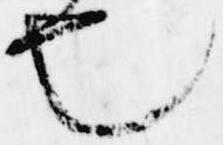
也